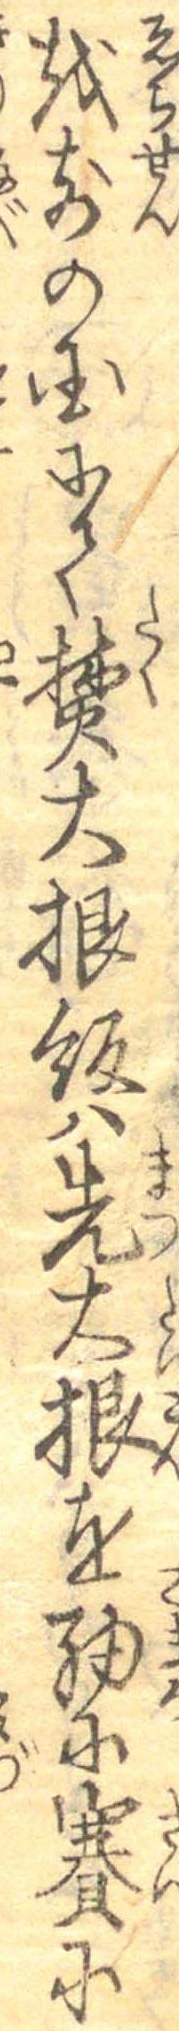
越前の国にて焚大根飯は先大根を細に賽に